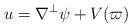
LaTeX: \begin{align*} u = \nabla^\perp \psi + V(\varpi)\end{align*}